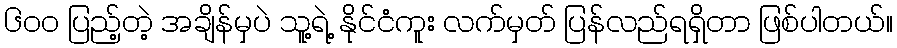
၆၀၀ ပြည့်တဲ့ အချိန်မှပဲ သူ့ရဲ့ နိုင်ငံကူး လက်မှတ် ပြန်လည်ရရှိတာ ဖြစ်ပါတယ်။